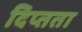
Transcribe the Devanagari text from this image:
दिप्तता